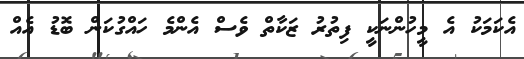
އެކަމަކު އެ މީހުންނަކީ ފިތުރު ޒަކާތް ވެސް އެންމެ ހައްގުކަން ބޮޑު އެއް